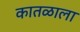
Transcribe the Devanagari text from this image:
कातळाला